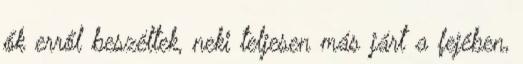
ők erről beszéltek, neki teljesen más járt a fejében,